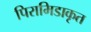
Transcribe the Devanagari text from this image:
पिरामिडाकृत